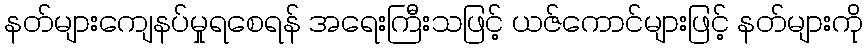
နတ်များကျေနပ်မှုရစေရန် အရေးကြီးသဖြင့် ယဇ်ကောင်များဖြင့် နတ်များကို